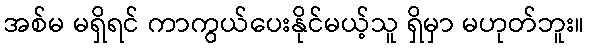
အစ်မ မရှိရင် ကာကွယ်ပေးနိုင်မယ့်သူ ရှိမှာ မဟုတ်ဘူး။